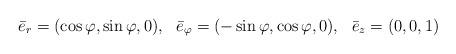
LaTeX: \begin{align*}\bar e_r=(\cos\varphi,\sin\varphi,0),\ \ \bar e_\varphi=(-\sin\varphi,\cos\varphi,0),\ \ \bar e_z=(0,0,1)\end{align*}